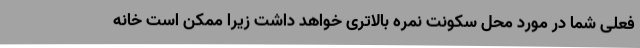
فعلی شما در مورد محل سکونت نمره بالاتری خواهد داشت زیرا ممکن است خانه